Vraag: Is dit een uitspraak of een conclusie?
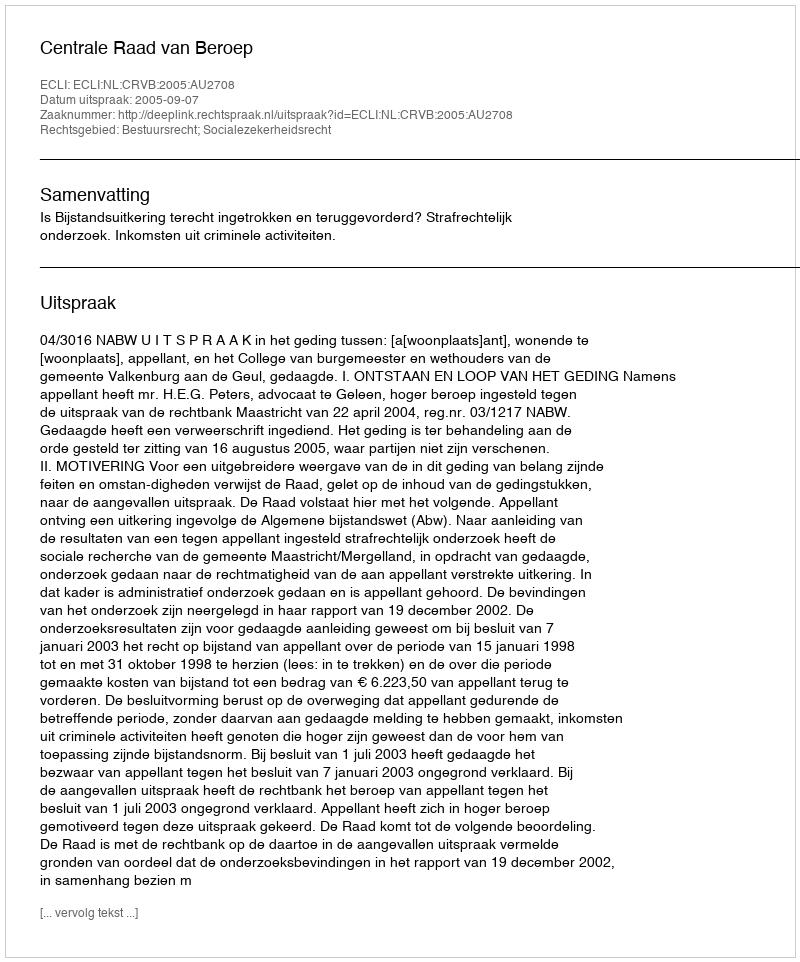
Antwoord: Uitspraak